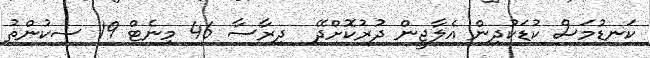
ކަނޑުމަސް ކުޑަކުދިން އެލާޖީން ދުރުކޮށްދޭ  ދިރާސާ 46 މިނެޓް 19 ސިކުންތު